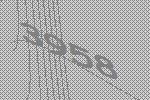
3958